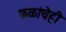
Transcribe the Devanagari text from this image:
फळांचेही